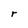
Character: r